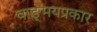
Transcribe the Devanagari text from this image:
वाङ्‌मयप्रकार